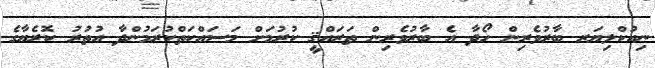
ނިއުކްލިޔަރ ބާރުވެރިން ހޯދާ އެ ބާރުވެރިން ތަރައްޤީ ކުރުމަށް މަސައްކަތްކުރަމުންދާ އުތުރު ކޮރެޔާގެ